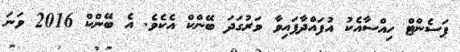
ޕަސެންޓް ހިއްސާއެކު އުފައްދާފައިވާ ވަރުގަދަ ބޭންކް އެކެވެ. އެ ބޭންކް 2016 ވަނަ